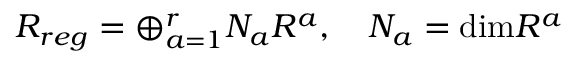
R _ { r e g } = \oplus _ { a = 1 } ^ { r } N _ { a } R ^ { a } , \quad N _ { a } = \mathrm { d i m } R ^ { a }